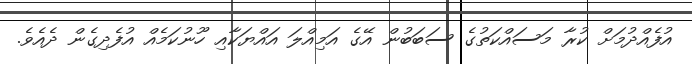
އުފެއްދުމަށް ކުރާ މަސައްކަތުގެ ސަބަބުން އޭގެ އަމިއްލަ އައްޔަކާއި ހޫނުކަމެއް އުފެދިގެން ދެއެވެ.